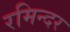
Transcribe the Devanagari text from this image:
रमिन्दर